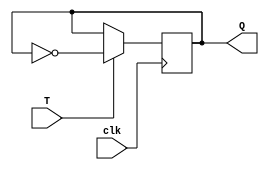
`timescale 1ns / 1ps
//////////////////////////////////////////////////////////////////////////////////
// Company: 
// Engineer: 
// 
// Design Name: 
// Module Name: t_flipflop
// Project Name: 
// Target Devices: 
// Tool Versions: 
// Description: 
// 
// Dependencies: 
// 
// Revision:
// Revision 0.01 - File Created
// Additional Comments:
// 
//////////////////////////////////////////////////////////////////////////////////


module t_flipflop (
    input T,
    input clk,
    output reg Q
);

    always @(posedge clk) begin
        if (T) 
            Q <= ~Q;
    end

    initial Q = 0; // Initialize Q to a known value

endmodule